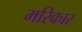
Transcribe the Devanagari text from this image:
मरिकार